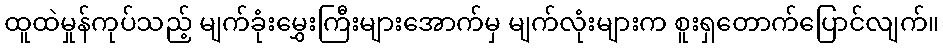
ထူထဲမှုန်ကုပ်သည့် မျက်ခုံးမွှေးကြီးများအောက်မှ မျက်လုံးများက စူးရှတောက်ပြောင်လျက်။